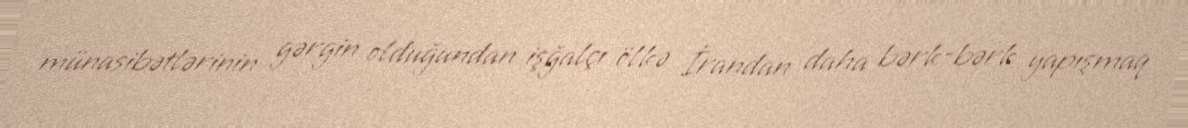
münasibətlərinin gərgin olduğundan işğalçı ölkə İrandan daha bərk-bərk yapışmaq